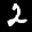
Label: 2